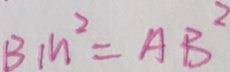
B M ^ { 2 } = A B ^ { 2 }